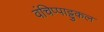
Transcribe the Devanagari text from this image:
वंचिप्पाट्टुकल